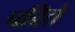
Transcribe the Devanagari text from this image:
चरितं